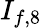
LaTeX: I_{f,8}